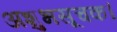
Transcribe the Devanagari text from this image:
अशुभसूचक।